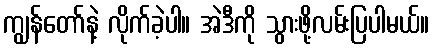
ကျွန်တော်နဲ့ လိုက်ခဲ့ပါ။ အဲဒီကို သွားဖို့လမ်းပြပါမယ်။